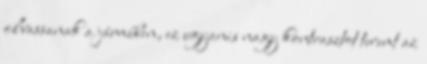
olvassanak a járműben, ez ugyanis nagy kontrasztot teremt az